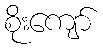
စိုးကျော်